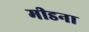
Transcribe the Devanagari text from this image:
मीडना